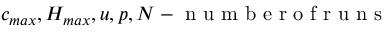
c _ { m a x } , H _ { m a x } , u , p , N - \mathrm { ~ n ~ u ~ m ~ b ~ e ~ r ~ o ~ f ~ r ~ u ~ n ~ s ~ }